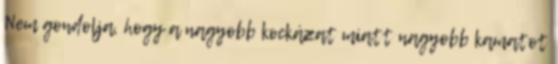
Nem gondolja, hogy a nagyobb kockázat miatt nagyobb kamatot